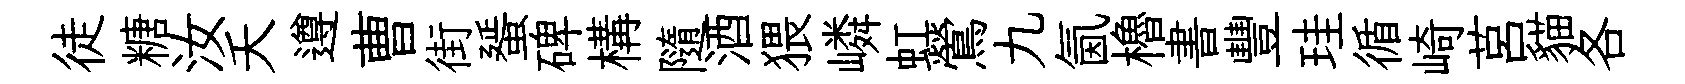
徒糖汝夭遵曹街蜑碑構隨酒猥嶙虹鶯九氤櫓書豐珪循崎莒貓各